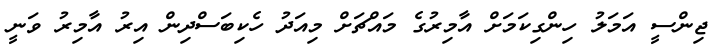
ޖިންސީ އަމަލު ހިންގިކަމަށް އާމިރުގެ މައްޗަށް މިއަދު ހެކިބަސްދިން އިރު އާމިރު ވަނީ